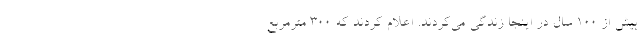
بیش از ۱۰۰ سال در اینجا زندگی می‌کردند. اعلام کردند که ۳۰۰ مترمربع